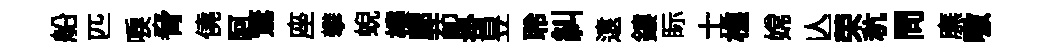
船匹唳脅僥阿鶩座攀蜺樓廊莭掛昱聆糾遠鏤眎士樵嫦亾荣秔問廡嗷